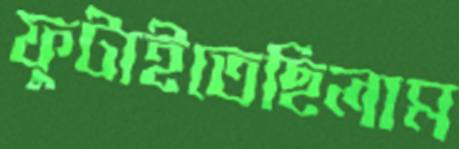
ফুটাইতেছিলাম